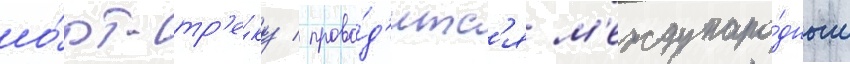
шо́рт-тр'е́ку / прово́д'итс'я м'еждунаро́дным